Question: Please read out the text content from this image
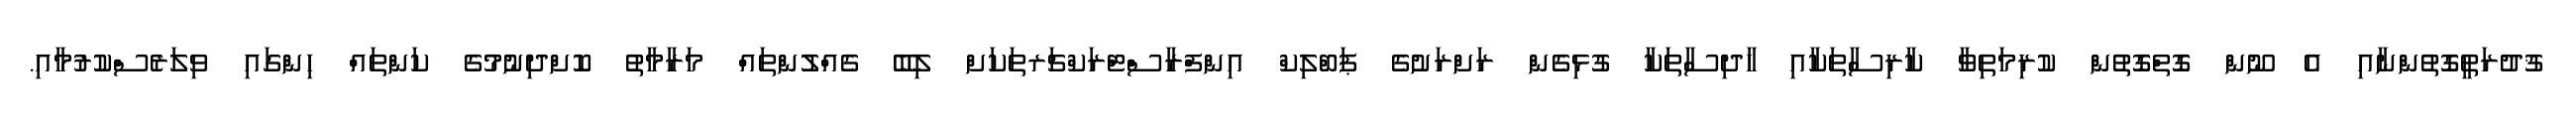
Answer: ޤުދުރަތީގޮތުންނާއި އެ ނޫން ގޮތްގޮތުން ކުރިމަތިވާ ކާރިސާތަކާއި ހާދިސާތަކާ ގުޅިގެން ރަށްރަށުގެ ޕަބްލިކް އިންފްރާސްޓްރަކްޗަރތަކަށް ލިބޭ ގެއްލުންތައް މަރާމާތު ކޮށްދިނުމުގެ ކަންތައް ހިންގައި ވިލަރެސްކުރުމާއި.